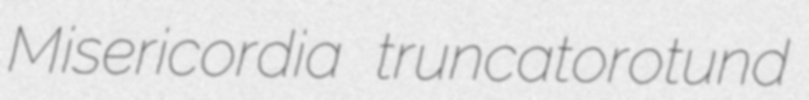
Misericordia truncatorotund